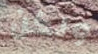
ولكن